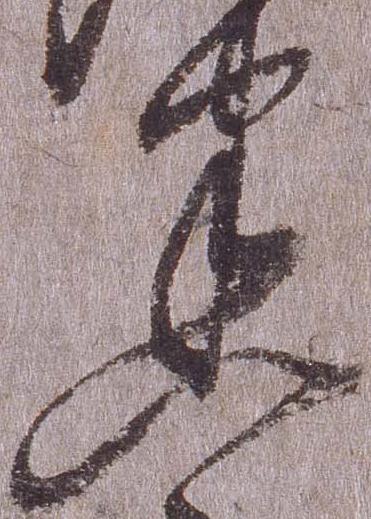
悉